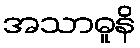
အသာဓူနိ